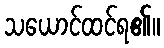
သယောင်ထင်ရ၏။